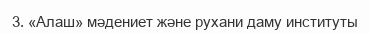
3. «Алаш» мәдениет және рухани даму институты